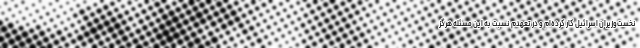
نخست‌وزیران اسرائیل کار کرده‌ام و در تعهدم نسبت به این مسئله هرگز